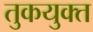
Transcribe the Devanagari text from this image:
तुकयुक्त